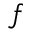
f